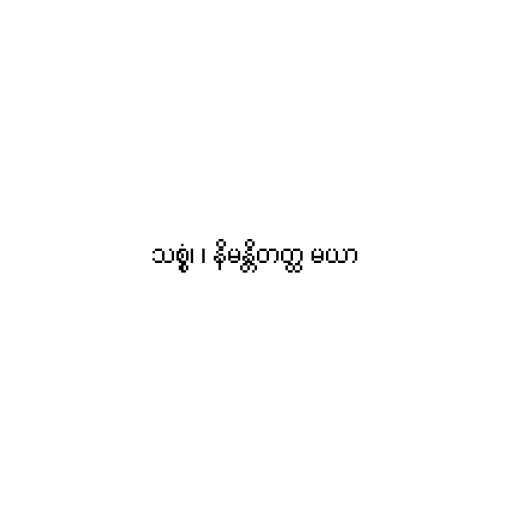
သစ္စံ၊ ၊ နိမန္တိတတ္ထ မယာ